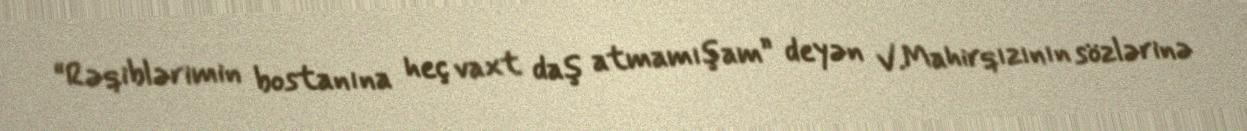
“Rəqiblərimin bostanına heç vaxt daş atmamışam” deyən V.Mahirqızının sözlərinə